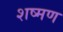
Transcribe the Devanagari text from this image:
शष्मण